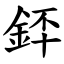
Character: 銔